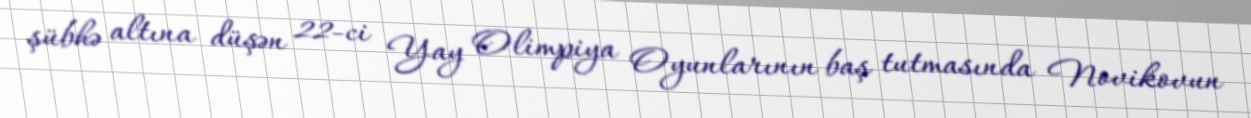
şübhə altına düşən 22-ci Yay Olimpiya Oyunlarının baş tutmasında Novikovun